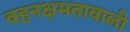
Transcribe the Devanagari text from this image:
वहनक्षमतावाली